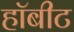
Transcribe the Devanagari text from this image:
हॉबीट